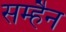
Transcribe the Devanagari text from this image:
सम्हैन